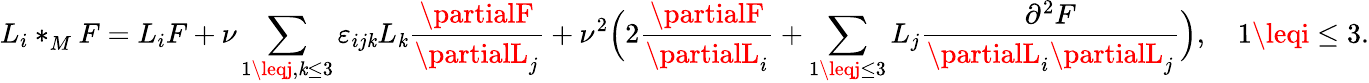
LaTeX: L_{i}\ast_{M}^{}F=L_{i}F+\nu\sum_{1\leqj,\mathit{k}\leq3}\varepsilon_{ij\mathit{k}}L_{\mathit{k}}{\frac{{\partialF}}{{\partialL_{j}}}}+\nu^{2}\Bigl(2{\frac{{\partialF}}{{\partialL_{i}}}}+\sum_{1\leqj\leq3}L_{j}{\frac{{\partial^{2}F}}{{\partialL_{i}\partialL_{j}}}}\Bigr),\quad1\leqi\leq3.